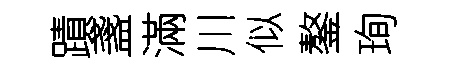
蹟盞滿川似鏊珣